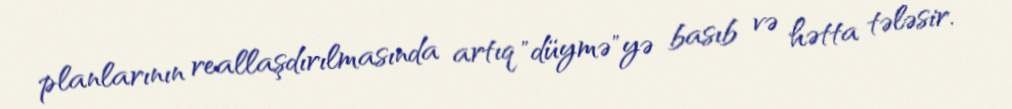
planlarının reallaşdırılmasında artıq "düymə"yə basıb və hətta tələsir.